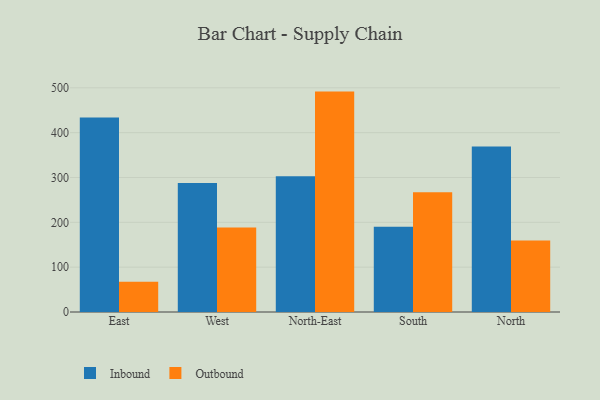
{"axis": {"x": "Region", "y": "Revenue (USD Million)"}, "legend": ["Inbound", "Outbound"], "data": [{"x": "East", "y": 433.9, "type": "Inbound"}, {"x": "East", "y": 67.6, "type": "Outbound"}, {"x": "West", "y": 287.7, "type": "Inbound"}, {"x": "West", "y": 188.7, "type": "Outbound"}, {"x": "North-East", "y": 302.9, "type": "Inbound"}, {"x": "North-East", "y": 491.6, "type": "Outbound"}, {"x": "South", "y": 190.1, "type": "Inbound"}, {"x": "South", "y": 267.3, "type": "Outbound"}, {"x": "North", "y": 369.4, "type": "Inbound"}, {"x": "North", "y": 159.7, "type": "Outbound"}]}